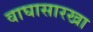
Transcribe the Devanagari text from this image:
वाघासारखा